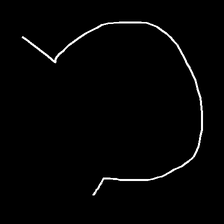
Glyph: weave